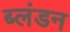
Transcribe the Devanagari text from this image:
ब्लंडन